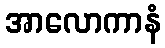
အာလောကာနံ